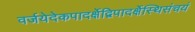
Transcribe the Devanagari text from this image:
वर्जयेदेकपादर्क्षेद्विपादर्क्षेस्थिसंचयं